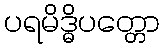
ပရမိဒ္ဓိပတ္တော